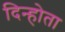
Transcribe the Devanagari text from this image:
दिन्होता